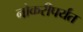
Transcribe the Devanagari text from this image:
नोकरीपर्यंत